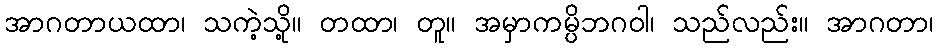
အာဂတာယထာ၊ သကဲ့သို့။ တထာ၊ တူ။ အမှာကမ္ပိဘဂဝါ၊ သည်လည်း။ အာဂတာ၊